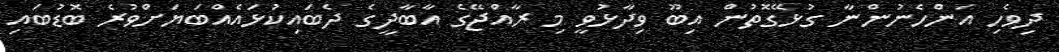
ދިވެހި އަންހެނުންނާ ގުޅޭގޮތުން އިބޫ ވިދާޅުވީ މި ރާއްޖޭގެ އާބާދީގެ ދެބައިކުޅައެއްބަޔަށްވުރެ ބޮޑުބައި